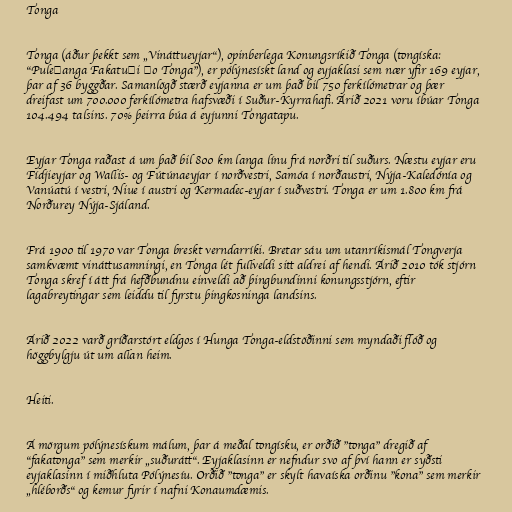
Tonga

Tonga (áður þekkt sem „Vináttueyjar“), opinberlega Konungsríkið Tonga (tongíska:
"Puleʻanga Fakatuʻi ʻo Tonga"), er pólýnesískt land og eyjaklasi sem nær yfir 169 eyjar,
þar af 36 byggðar. Samanlögð stærð eyjanna er um það bil 750 ferkílómetrar og þær
dreifast um 700.000 ferkílómetra hafsvæði í Suður-Kyrrahafi. Árið 2021 voru íbúar Tonga
104.494 talsins. 70% þeirra búa á eyjunni Tongatapu.

Eyjar Tonga raðast á um það bil 800 km langa línu frá norðri til suðurs. Næstu eyjar eru
Fídjieyjar og Wallis- og Fútúnaeyjar í norðvestri, Samóa í norðaustri, Nýja-Kaledónía og
Vanúatú í vestri, Niue í austri og Kermadec-eyjar í suðvestri. Tonga er um 1.800 km frá
Norðurey Nýja-Sjáland.

Frá 1900 til 1970 var Tonga breskt verndarríki. Bretar sáu um utanríkismál Tongverja
samkvæmt vináttusamningi, en Tonga lét fullveldi sitt aldrei af hendi. Árið 2010 tók stjórn
Tonga skref í átt frá hefðbundnu einveldi að þingbundinni konungsstjórn, eftir
lagabreytingar sem leiddu til fyrstu þingkosninga landsins.

Árið 2022 varð gríðarstórt eldgos í Hunga Tonga-eldstöðinni sem myndaði flóð og
höggbylgju út um allan heim.

Heiti.

Á mörgum pólýnesískum málum, þar á meðal tongísku, er orðið "tonga" dregið af
"fakatonga" sem merkir „suðurátt“. Eyjaklasinn er nefndur svo af því hann er syðsti
eyjaklasinn í miðhluta Pólýnesíu. Orðið "tonga" er skylt havaíska orðinu "kona" sem merkir
„hléborðs“ og kemur fyrir í nafni Konaumdæmis.